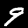
Digit: 9